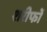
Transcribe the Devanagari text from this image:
शरीफों